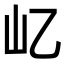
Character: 𡴭